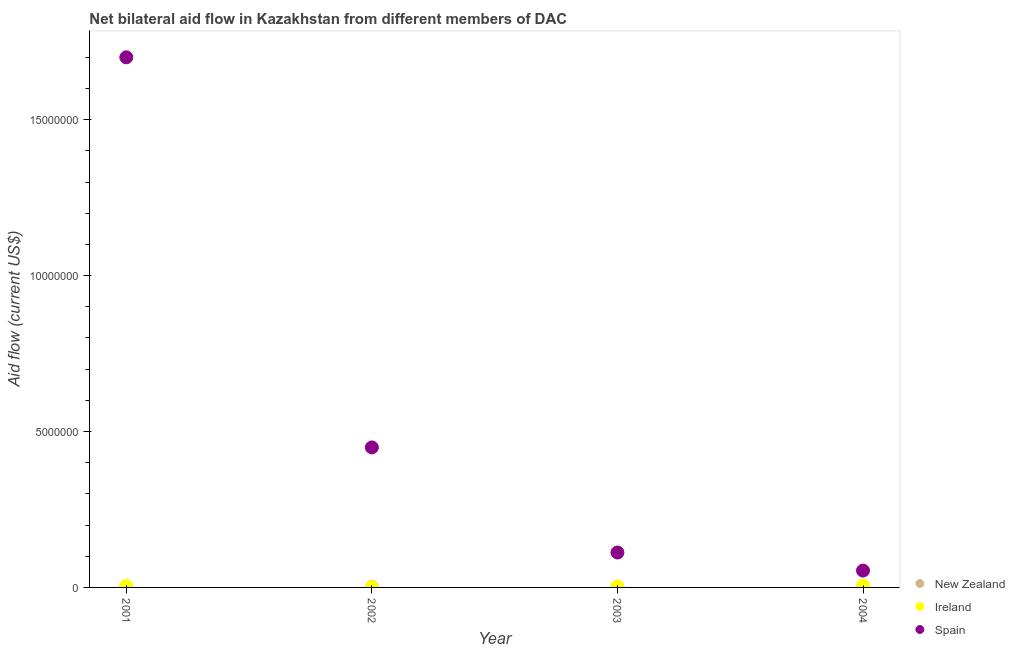
| Year | New Zealand | Ireland | Spain |
 | --- | --- | --- | --- |
 | 2001 | 1e+04 | 5e+04 | 1.7e+07 |
 | 2002 | 2e+04 | 1e+04 | 4.49e+06 |
 | 2003 | 2e+04 | 3e+04 | 1.12e+06 |
 | 2004 | 1e+04 | 6e+04 | 5.4e+05 |